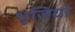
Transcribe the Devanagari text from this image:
भुजियो